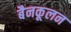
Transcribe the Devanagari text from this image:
बैनकूलन